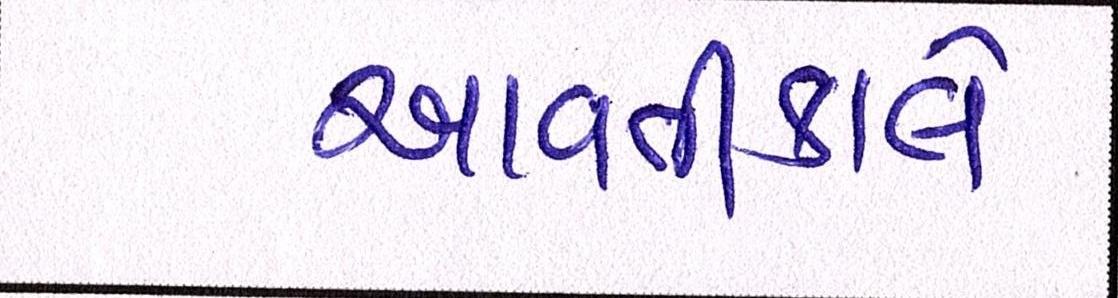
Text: આવતીકાલે